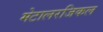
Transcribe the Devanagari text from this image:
मेटालरजिकल